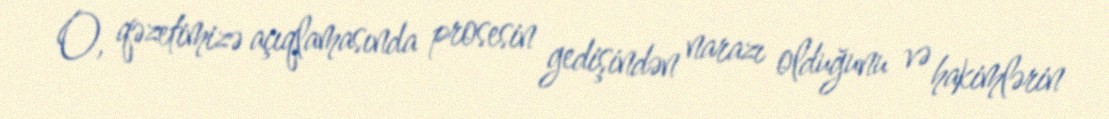
O, qəzetimizə açıqlamasında prosesin gedişindən narazı olduğunu və hakimlərin